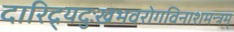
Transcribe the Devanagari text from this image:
दारिद्र्यदुःखभवरोगविनाशमन्त्रम्